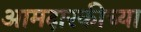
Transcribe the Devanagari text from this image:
आमदारकीच्या